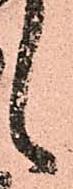
之